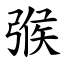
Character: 㢿